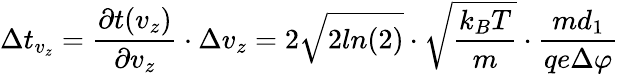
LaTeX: \Delta t_{v_{z}}=\frac{\partial t(v_{z})}{\partial v_{z}}\cdot\Delta v_{z}=2\sqrt{2ln(2)}\cdot\sqrt{\frac{k_{B}T}{m}}\cdot\frac{md_{1}}{qe\Delta\varphi}